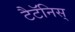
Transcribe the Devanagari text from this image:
टैटॅनिस्